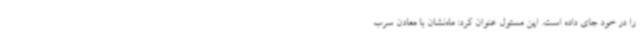
را در خود جای داده است. این مسئول عنوان کرد: ماه‌نشان با معادن سرب